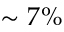
\sim 7 \%